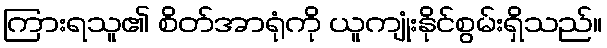
ကြားရသူ၏ စိတ်အာရုံကို ယူကျုံးနိုင်စွမ်းရှိသည်။